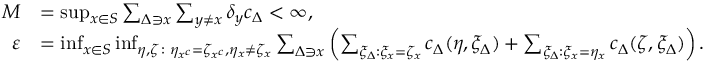
\begin{array} { r l } { M } & { = \operatorname* { s u p } _ { x \in S } \sum _ { \Delta \ni x } \sum _ { y \neq x } \delta _ { y } c _ { \Delta } < \infty , } \\ { \ \varepsilon } & { = \operatorname* { i n f } _ { x \in S } \operatorname* { i n f } _ { \eta , \zeta \colon \eta _ { x ^ { c } } = \zeta _ { x ^ { c } } , \eta _ { x } \neq \zeta _ { x } } \sum _ { \Delta \ni x } \left( \sum _ { \xi _ { \Delta } : \xi _ { x } = \zeta _ { x } } c _ { \Delta } ( \eta , \xi _ { \Delta } ) + \sum _ { \xi _ { \Delta } : \xi _ { x } = \eta _ { x } } c _ { \Delta } ( \zeta , \xi _ { \Delta } ) \right) . } \end{array}